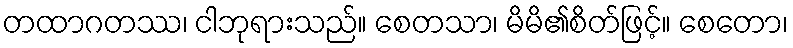
တထာဂတဿ၊ ငါဘုရားသည်။ စေတသာ၊ မိမိ၏စိတ်ဖြင့်။ စေတော၊